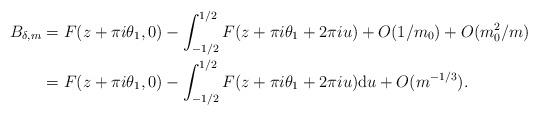
LaTeX: \begin{align*} B_{\delta,m} &= F(z+\pi i \theta_1,0) - \int_{-1/2}^{1/2} F(z+\pi i \theta_1 + 2 \pi i u) + O(1/m_0) + O(m_0^2/m) \\&= F(z+\pi i \theta_1,0) - \int_{-1/2}^{1/2} F(z+\pi i \theta_1 + 2 \pi i u) \mathrm{d}u + O(m^{-1/3}).\end{align*}